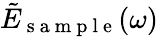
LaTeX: \tilde{E}_{\mathrm{~s~a~m~p~l~e~}}(\omega)